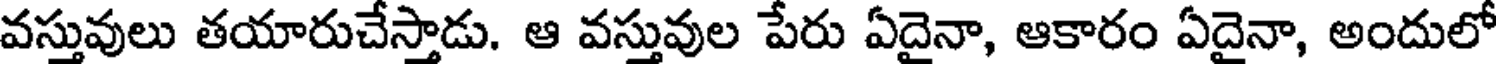
వస్తువులు తయారుచేస్తాడు. ఆ వస్తువుల పేరు ఏదైనా, ఆకారం ఏదైనా, అందులో